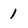
Character: 1